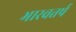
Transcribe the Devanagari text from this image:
भारवतर्ष